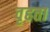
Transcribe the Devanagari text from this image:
वृहता